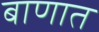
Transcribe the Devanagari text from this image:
बाणात